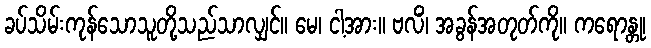
ခပ်သိမ်းကုန်သောသူတို့သည်သာလျှင်။ မေ၊ ငါ့အား။ ဗလိံ၊ အခွန်အတုတ်ကို။ ကရောန္တု၊